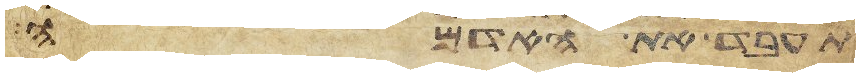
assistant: תעבד את האדמה